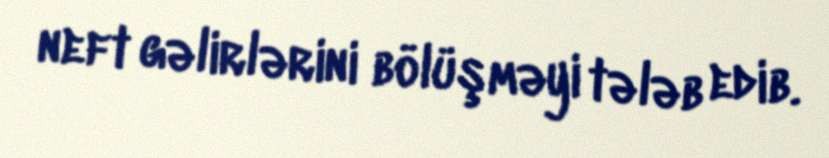
neft gəlirlərini bölüşməyi tələb edib.